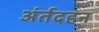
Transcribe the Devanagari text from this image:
अंर्तदहन